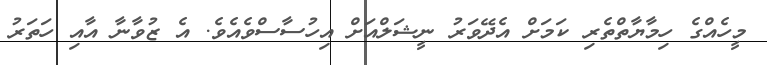
މީހެއްގެ ހިމާޔާތްތެރި ކަމަށް އެދޭވަރު ނީޝަލްއަށް އިހުސާސްވެއެވެ. އެ ޒުވާނާ އާއި ހަތަރު